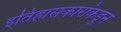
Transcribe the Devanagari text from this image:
इतिहासकारांकडून